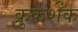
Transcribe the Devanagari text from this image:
क्रुकशेंक